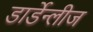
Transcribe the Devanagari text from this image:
डार्डेन्लीज